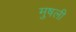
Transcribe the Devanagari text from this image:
मुषली